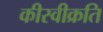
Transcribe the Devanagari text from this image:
कीस्वीक्रति